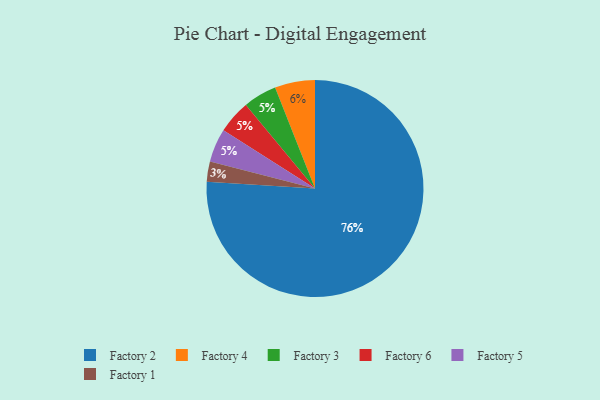
{"axis": {"x": "Category", "y": "Percentage"}, "legend": ["Factory 1", "Factory 2", "Factory 3", "Factory 4", "Factory 5", "Factory 6"], "data": [{"x": "Factory 3", "y": 5, "type": "Factory 3"}, {"x": "Factory 4", "y": 6, "type": "Factory 4"}, {"x": "Factory 1", "y": 3, "type": "Factory 1"}, {"x": "Factory 6", "y": 5, "type": "Factory 6"}, {"x": "Factory 5", "y": 5, "type": "Factory 5"}, {"x": "Factory 2", "y": 76, "type": "Factory 2"}]}